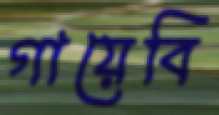
গায়েবি